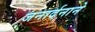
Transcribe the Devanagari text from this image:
जनार्दनाने